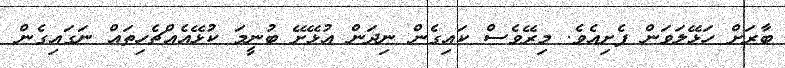
ބާރަށް ހަޅޭލަވަން ފެށިއެވެ. މިރޭވެސް ކައިގެން ނިދަން އުޅޭށޭ ބުނީމަ ކުޅޭއެއްޗެހިތައް ނަގައިގެން